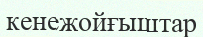
кенежойғыштар